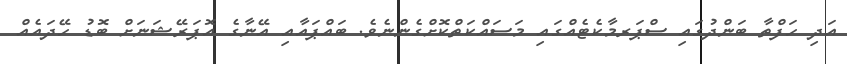
އަދި ހަފްތާ ބަންދުގައި ސްޕަރމާކެޓެއްގައި މަސައްކަތްކޮށްގެންނެވެ. ބައްޕައާއި އޭނާގެ އޮޕަރޭޝަނަށް ބޮޑު ހޭދައެއް